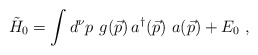
\begin{align*}{\tilde{H}}_0=\int d^{\nu} p \,\, g(\vec{p}) \,a^{\dag} (\vec{p}) \,\, a(\vec{p}) + E_0 \; ,\end{align*}